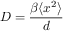
D = \frac { \beta \langle x ^ { 2 } \rangle } { d }